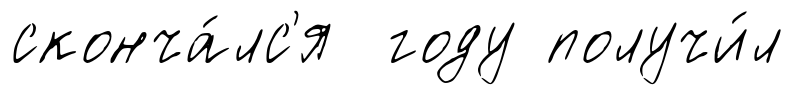
сконча́лс'я году получи́л